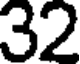
32